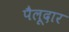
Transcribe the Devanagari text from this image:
पैलूदार